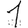
Digit: 1